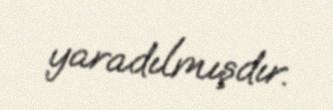
yaradılmışdır.